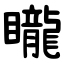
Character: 矓